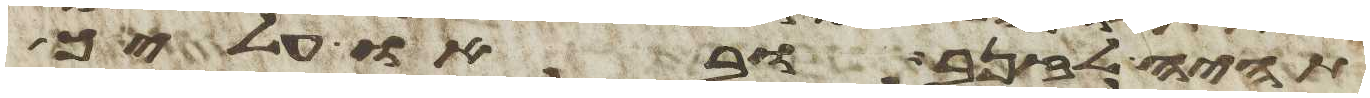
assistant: תהיה לזנב ובאו עליך כל